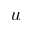
u